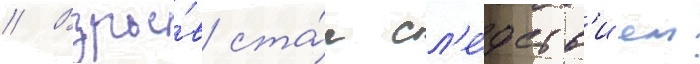
// Взры́в ста́л сл'е́дств'ием